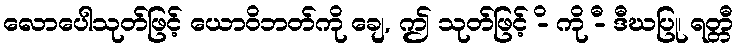
လောပေါသုတ်ဖြင့် ယောဝိဘတ်ကို ချေ, ဤ သုတ်ဖြင့် -ိ ကို -ီ ဒီဃပြု၊ ရတ္တီ